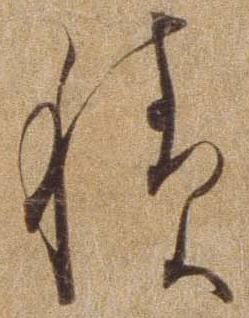
積